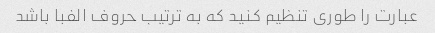
عبارت را طوری تنظیم کنید که به ترتیب حروف الفبا باشد